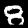
Digit: 8